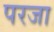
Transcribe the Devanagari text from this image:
परजा